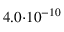
4 . 0 { \cdot } 1 0 ^ { - 1 0 }